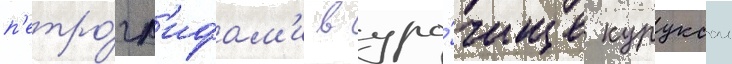
п'етро́гл'ифам'и в уро́чище куруксаи